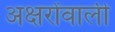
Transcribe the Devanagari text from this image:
अक्षरोंवाली